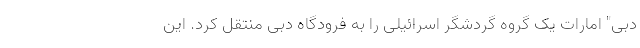
دبی" امارات یک گروه گردشگر اسرائیلی را به فرودگاه دبی منتقل کرد. این